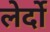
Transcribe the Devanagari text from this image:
लेर्दो